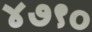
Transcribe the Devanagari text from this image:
४७९०